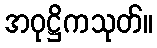
အဝုဋ္ဌိကသုတ်။